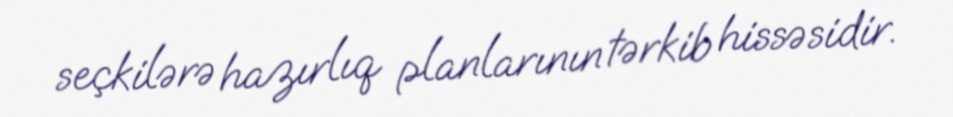
seçkilərə hazırlıq planlarının tərkib hissəsidir.